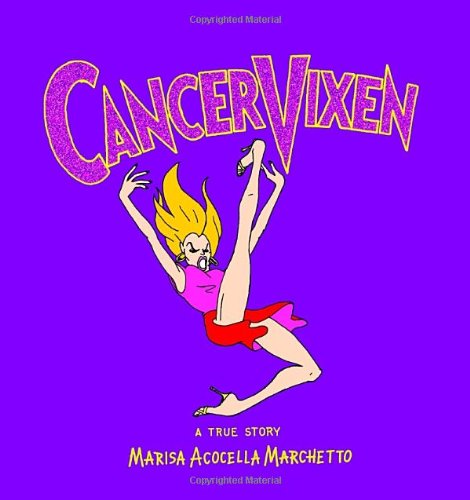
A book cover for Cancer Vixen: A True Story; Marisa Acocella Marchetto; Biographies & Memoirs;